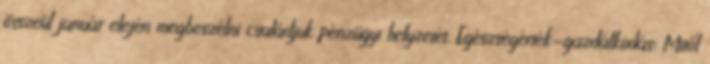
összeül január elején megbeszélni családjuk pénzügyi helyzetét. Egészségérték-gazdálkodás: Mitől